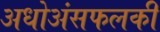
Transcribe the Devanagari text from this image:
अधोअंसफलकी